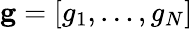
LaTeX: {\mathbf g}=[g_{1},\dots,g_{N}]